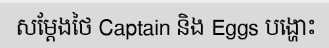
សម្តែងថៃ Captain និង Eggs បង្ហោះ